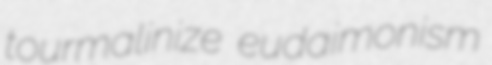
tourmalinize eudaimonism